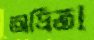
অদ্রিতা